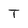
Character: T